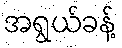
အရွယ်ခန့်